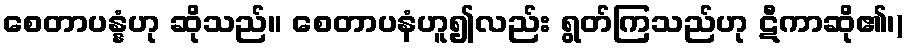
စေတာပန္နံဟု ဆိုသည်။ စေတာပနံဟူ၍လည်း ရွတ်ကြသည်ဟု ဋီကာဆို၏၊)